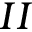
I I